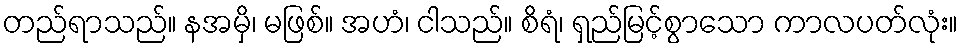
တည်ရာသည်။ နအမှိ၊ မဖြစ်။ အဟံ၊ ငါသည်။ စိရံ၊ ရှည်မြင့်စွာသော ကာလပတ်လုံး။